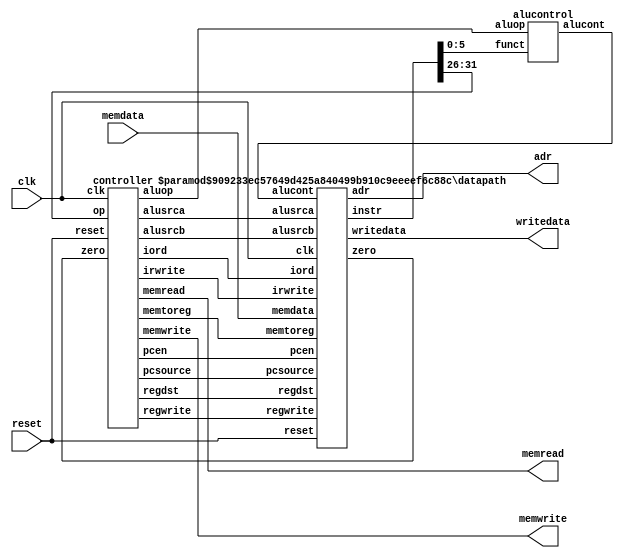
//-------------------------------------------------------
// mips.v
// Max Yi (byyi@hmc.edu) and David_Harris@hmc.edu 12/9/03
// Model of subset of MIPS processor described in Ch 1
//-------------------------------------------------------

// simplified MIPS processor
module mips #(parameter WIDTH = 8, REGBITS = 3)
             (input              clk, reset, 
              input  [WIDTH-1:0] memdata, 
              output             memread, memwrite, 
              output [WIDTH-1:0] adr, writedata);

   wire [31:0] instr;
   wire        zero, alusrca, memtoreg, iord, pcen, regwrite, regdst;
   wire [1:0]  aluop,pcsource,alusrcb;
   wire [3:0]  irwrite;
   wire [2:0]  alucont;

   controller  cont(clk, reset, instr[31:26], zero, memread, memwrite, 
                    alusrca, memtoreg, iord, pcen, regwrite, regdst,
                    pcsource, alusrcb, aluop, irwrite);
   alucontrol  ac(aluop, instr[5:0], alucont);
   datapath    #(WIDTH, REGBITS) 
               dp(clk, reset, memdata, alusrca, memtoreg, iord, pcen,
                  regwrite, regdst, pcsource, alusrcb, irwrite, alucont,
                  zero, instr, adr, writedata);
endmodule

module controller(input clk, reset, 
                  input      [5:0] op, 
                  input            zero, 
                  output reg       memread, memwrite, alusrca, memtoreg, iord, 
                  output           pcen, 
                  output reg       regwrite, regdst, 
                  output reg [1:0] pcsource, alusrcb, aluop, 
                  output reg [3:0] irwrite);

   parameter   FETCH1  =  4'b0001;
   parameter   FETCH2  =  4'b0010;
   parameter   FETCH3  =  4'b0011;
   parameter   FETCH4  =  4'b0100;
   parameter   DECODE  =  4'b0101;
   parameter   MEMADR  =  4'b0110;
   parameter   LBRD    =  4'b0111;
   parameter   LBWR    =  4'b1000;
   parameter   SBWR    =  4'b1001;
   parameter   RTYPEEX =  4'b1010;
   parameter   RTYPEWR =  4'b1011;
   parameter   BEQEX   =  4'b1100;
   parameter   JEX     =  4'b1101;

   parameter   LB      =  6'b100000;
   parameter   SB      =  6'b101000;
   parameter   RTYPE   =  6'b0;
   parameter   BEQ     =  6'b000100;
   parameter   J       =  6'b000010;

   reg [3:0] state, nextstate;
   reg       pcwrite, pcwritecond;

   // state register
   always @(posedge clk)
      if(reset) state <= FETCH1;
      else state <= nextstate;

   // next state logic
   always @(*)
      begin
         case(state)
            FETCH1:  nextstate <= FETCH2;
            FETCH2:  nextstate <= FETCH3;
            FETCH3:  nextstate <= FETCH4;
            FETCH4:  nextstate <= DECODE;
            DECODE:  case(op)
                        LB:      nextstate <= MEMADR;
                        SB:      nextstate <= MEMADR;
                        RTYPE:   nextstate <= RTYPEEX;
                        BEQ:     nextstate <= BEQEX;
                        J:       nextstate <= JEX;
                        default: nextstate <= FETCH1; // should never happen
                     endcase
            MEMADR:  case(op)
                        LB:      nextstate <= LBRD;
                        SB:      nextstate <= SBWR;
                        default: nextstate <= FETCH1; // should never happen
                     endcase
            LBRD:    nextstate <= LBWR;
            LBWR:    nextstate <= FETCH1;
            SBWR:    nextstate <= FETCH1;
            RTYPEEX: nextstate <= RTYPEWR;
            RTYPEWR: nextstate <= FETCH1;
            BEQEX:   nextstate <= FETCH1;
            JEX:     nextstate <= FETCH1;
            default: nextstate <= FETCH1; // should never happen
         endcase
      end

   always @(*)
      begin
            // set all outputs to zero, then conditionally assert just the appropriate ones
            irwrite <= 4'b0000;
            pcwrite <= 0; pcwritecond <= 0;
            regwrite <= 0; regdst <= 0;
            memread <= 0; memwrite <= 0;
            alusrca <= 0; alusrcb <= 2'b00; aluop <= 2'b00;
            pcsource <= 2'b00;
            iord <= 0; memtoreg <= 0;
            case(state)
               FETCH1: 
                  begin
                     memread <= 1; 
                     irwrite <= 4'b1000; 
                     alusrcb <= 2'b01; 
                     pcwrite <= 1;
                  end
               FETCH2: 
                  begin
                     memread <= 1;
                     irwrite <= 4'b0100;
                     alusrcb <= 2'b01;
                     pcwrite <= 1;
                  end
               FETCH3:
                  begin
                     memread <= 1;
                     irwrite <= 4'b0010;
                     alusrcb <= 2'b01;
                     pcwrite <= 1;
                  end
               FETCH4:
                  begin
                     memread <= 1;
                     irwrite <= 4'b0001;
                     alusrcb <= 2'b01;
                     pcwrite <= 1;
                  end
               DECODE: alusrcb <= 2'b11;
               MEMADR:
                  begin
                     alusrca <= 1;
                     alusrcb <= 2'b10;
                  end
               LBRD:
                  begin
                     memread <= 1;
                     iord    <= 1;
                  end
               LBWR:
                  begin
                     regwrite <= 1;
                     memtoreg <= 1;
                  end
               SBWR:
                  begin
                     memwrite <= 1;
                     iord     <= 1;
                  end
               RTYPEEX: 
                  begin
                     alusrca <= 1;
                     aluop   <= 2'b10;
                  end
               RTYPEWR:
                  begin
                     regdst   <= 1;
                     regwrite <= 1;
                  end
               BEQEX:
                  begin
                     alusrca     <= 1;
                     aluop       <= 2'b01;
                     pcwritecond <= 1;
                     pcsource    <= 2'b01;
                  end
               JEX:
                  begin
                     pcwrite  <= 1;
                     pcsource <= 2'b10;
                  end
         endcase
      end
   assign pcen = pcwrite | (pcwritecond & zero); // program counter enable
endmodule

module alucontrol(input      [1:0] aluop, 
                  input      [5:0] funct, 
                  output reg [2:0] alucont);

   always @(*)
      case(aluop)
         2'b00: alucont <= 3'b010;  // add for lb/sb/addi
         2'b01: alucont <= 3'b110;  // sub (for beq)
         default: case(funct)       // R-Type instructions
                     6'b100000: alucont <= 3'b010; // add (for add)
                     6'b100010: alucont <= 3'b110; // subtract (for sub)
                     6'b100100: alucont <= 3'b000; // logical and (for and)
                     6'b100101: alucont <= 3'b001; // logical or (for or)
                     6'b101010: alucont <= 3'b111; // set on less (for slt)
                     default:   alucont <= 3'b101; // should never happen
                  endcase
      endcase
endmodule

module datapath #(parameter WIDTH = 8, REGBITS = 3)
                 (input              clk, reset, 
                  input  [WIDTH-1:0] memdata, 
                  input              alusrca, memtoreg, iord, pcen, regwrite, regdst,
                  input  [1:0]       pcsource, alusrcb, 
                  input  [3:0]       irwrite, 
                  input  [2:0]       alucont, 
                  output             zero, 
                  output [31:0]      instr, 
                  output [WIDTH-1:0] adr, writedata);

   // the size of the parameters must be changed to match the WIDTH parameter
   parameter CONST_ZERO = 8'b0;
   parameter CONST_ONE =  8'b1;

   wire [REGBITS-1:0] ra1, ra2, wa;
   wire [WIDTH-1:0]   pc, nextpc, md, rd1, rd2, wd, a, src1, src2, aluresult,
                          aluout, constx4;

   // shift left constant field by 2
   assign constx4 = {instr[WIDTH-3:0],2'b00};

   // register file address fields
   assign ra1 = instr[REGBITS+20:21];
   assign ra2 = instr[REGBITS+15:16];
   mux2       #(REGBITS) regmux(instr[REGBITS+15:16], instr[REGBITS+10:11], regdst, wa);

   // independent of bit width, load instruction into four 8-bit registers over four cycles
   flopen     #(8)      ir0(clk, irwrite[0], memdata[7:0], instr[7:0]);
   flopen     #(8)      ir1(clk, irwrite[1], memdata[7:0], instr[15:8]);
   flopen     #(8)      ir2(clk, irwrite[2], memdata[7:0], instr[23:16]);
   flopen     #(8)      ir3(clk, irwrite[3], memdata[7:0], instr[31:24]);

   // datapath
   flopenr    #(WIDTH)  pcreg(clk, reset, pcen, nextpc, pc);
   flop       #(WIDTH)  mdr(clk, memdata, md);
   flop       #(WIDTH)  areg(clk, rd1, a);	
   flop       #(WIDTH)  wrd(clk, rd2, writedata);
   flop       #(WIDTH)  res(clk, aluresult, aluout);
   mux2       #(WIDTH)  adrmux(pc, aluout, iord, adr);
   mux2       #(WIDTH)  src1mux(pc, a, alusrca, src1);
   mux4       #(WIDTH)  src2mux(writedata, CONST_ONE, instr[WIDTH-1:0], 
                                constx4, alusrcb, src2);
   mux4       #(WIDTH)  pcmux(aluresult, aluout, constx4, CONST_ZERO, pcsource, nextpc);
   mux2       #(WIDTH)  wdmux(aluout, md, memtoreg, wd);
   regfile    #(WIDTH,REGBITS) rf(clk, regwrite, ra1, ra2, wa, wd, rd1, rd2);
   alu        #(WIDTH) alunit(src1, src2, alucont, aluresult);
   zerodetect #(WIDTH) zd(aluresult, zero);
endmodule

module alu #(parameter WIDTH = 8)
            (input      [WIDTH-1:0] a, b, 
             input      [2:0]       alucont, 
             output reg [WIDTH-1:0] result);

   wire     [WIDTH-1:0] b2, sum, slt;

   assign b2 = alucont[2] ? ~b:b; 
   assign sum = a + b2 + alucont[2];
   // slt should be 1 if most significant bit of sum is 1
   assign slt = sum[WIDTH-1];

   always@(*)
      case(alucont[1:0])
         2'b00: result <= a & b;
         2'b01: result <= a | b;
         2'b10: result <= sum;
         2'b11: result <= slt;
      endcase
endmodule

module regfile #(parameter WIDTH = 8, REGBITS = 3)
                (input                clk, 
                 input                regwrite, 
                 input  [REGBITS-1:0] ra1, ra2, wa, 
                 input  [WIDTH-1:0]   wd, 
                 output [WIDTH-1:0]   rd1, rd2);

   reg  [WIDTH-1:0] RAM [(1<<REGBITS)-1:0];

   // three ported register file
   // read two ports combinationally
   // write third port on rising edge of clock
   // register 0 hardwired to 0
   always @(posedge clk)
      if (regwrite) RAM[wa] <= wd;	

   assign rd1 = ra1 ? RAM[ra1] : 0;
   assign rd2 = ra2 ? RAM[ra2] : 0;
endmodule

module zerodetect #(parameter WIDTH = 8)
                   (input [WIDTH-1:0] a, 
                    output            y);

   assign y = (a==0);
endmodule	

module flop #(parameter WIDTH = 8)
             (input                  clk, 
              input      [WIDTH-1:0] d, 
              output reg [WIDTH-1:0] q);

   always @(posedge clk)
      q <= d;
endmodule

module flopen #(parameter WIDTH = 8)
               (input                  clk, en,
                input      [WIDTH-1:0] d, 
                output reg [WIDTH-1:0] q);

   always @(posedge clk)
      if (en) q <= d;
endmodule

module flopenr #(parameter WIDTH = 8)
                (input                  clk, reset, en,
                 input      [WIDTH-1:0] d, 
                 output reg [WIDTH-1:0] q);
 
   always @(posedge clk)
      if      (reset) q <= 0;
      else if (en)    q <= d;
endmodule

module mux2 #(parameter WIDTH = 8)
             (input  [WIDTH-1:0] d0, d1, 
              input              s, 
              output [WIDTH-1:0] y);

   assign y = s ? d1 : d0; 
endmodule

module mux4 #(parameter WIDTH = 8)
             (input      [WIDTH-1:0] d0, d1, d2, d3,
              input      [1:0]       s, 
              output reg [WIDTH-1:0] y);

   always @(*)
      case(s)
         2'b00: y <= d0;
         2'b01: y <= d1;
         2'b10: y <= d2;
         2'b11: y <= d3;
      endcase
endmodule